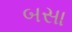
બસા